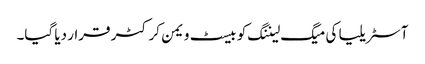
آسٹریلیا کی میگ لیننگ کو بیسٹ ویمن کرکٹر قرار دیا گیا۔